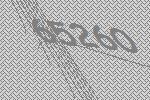
65260